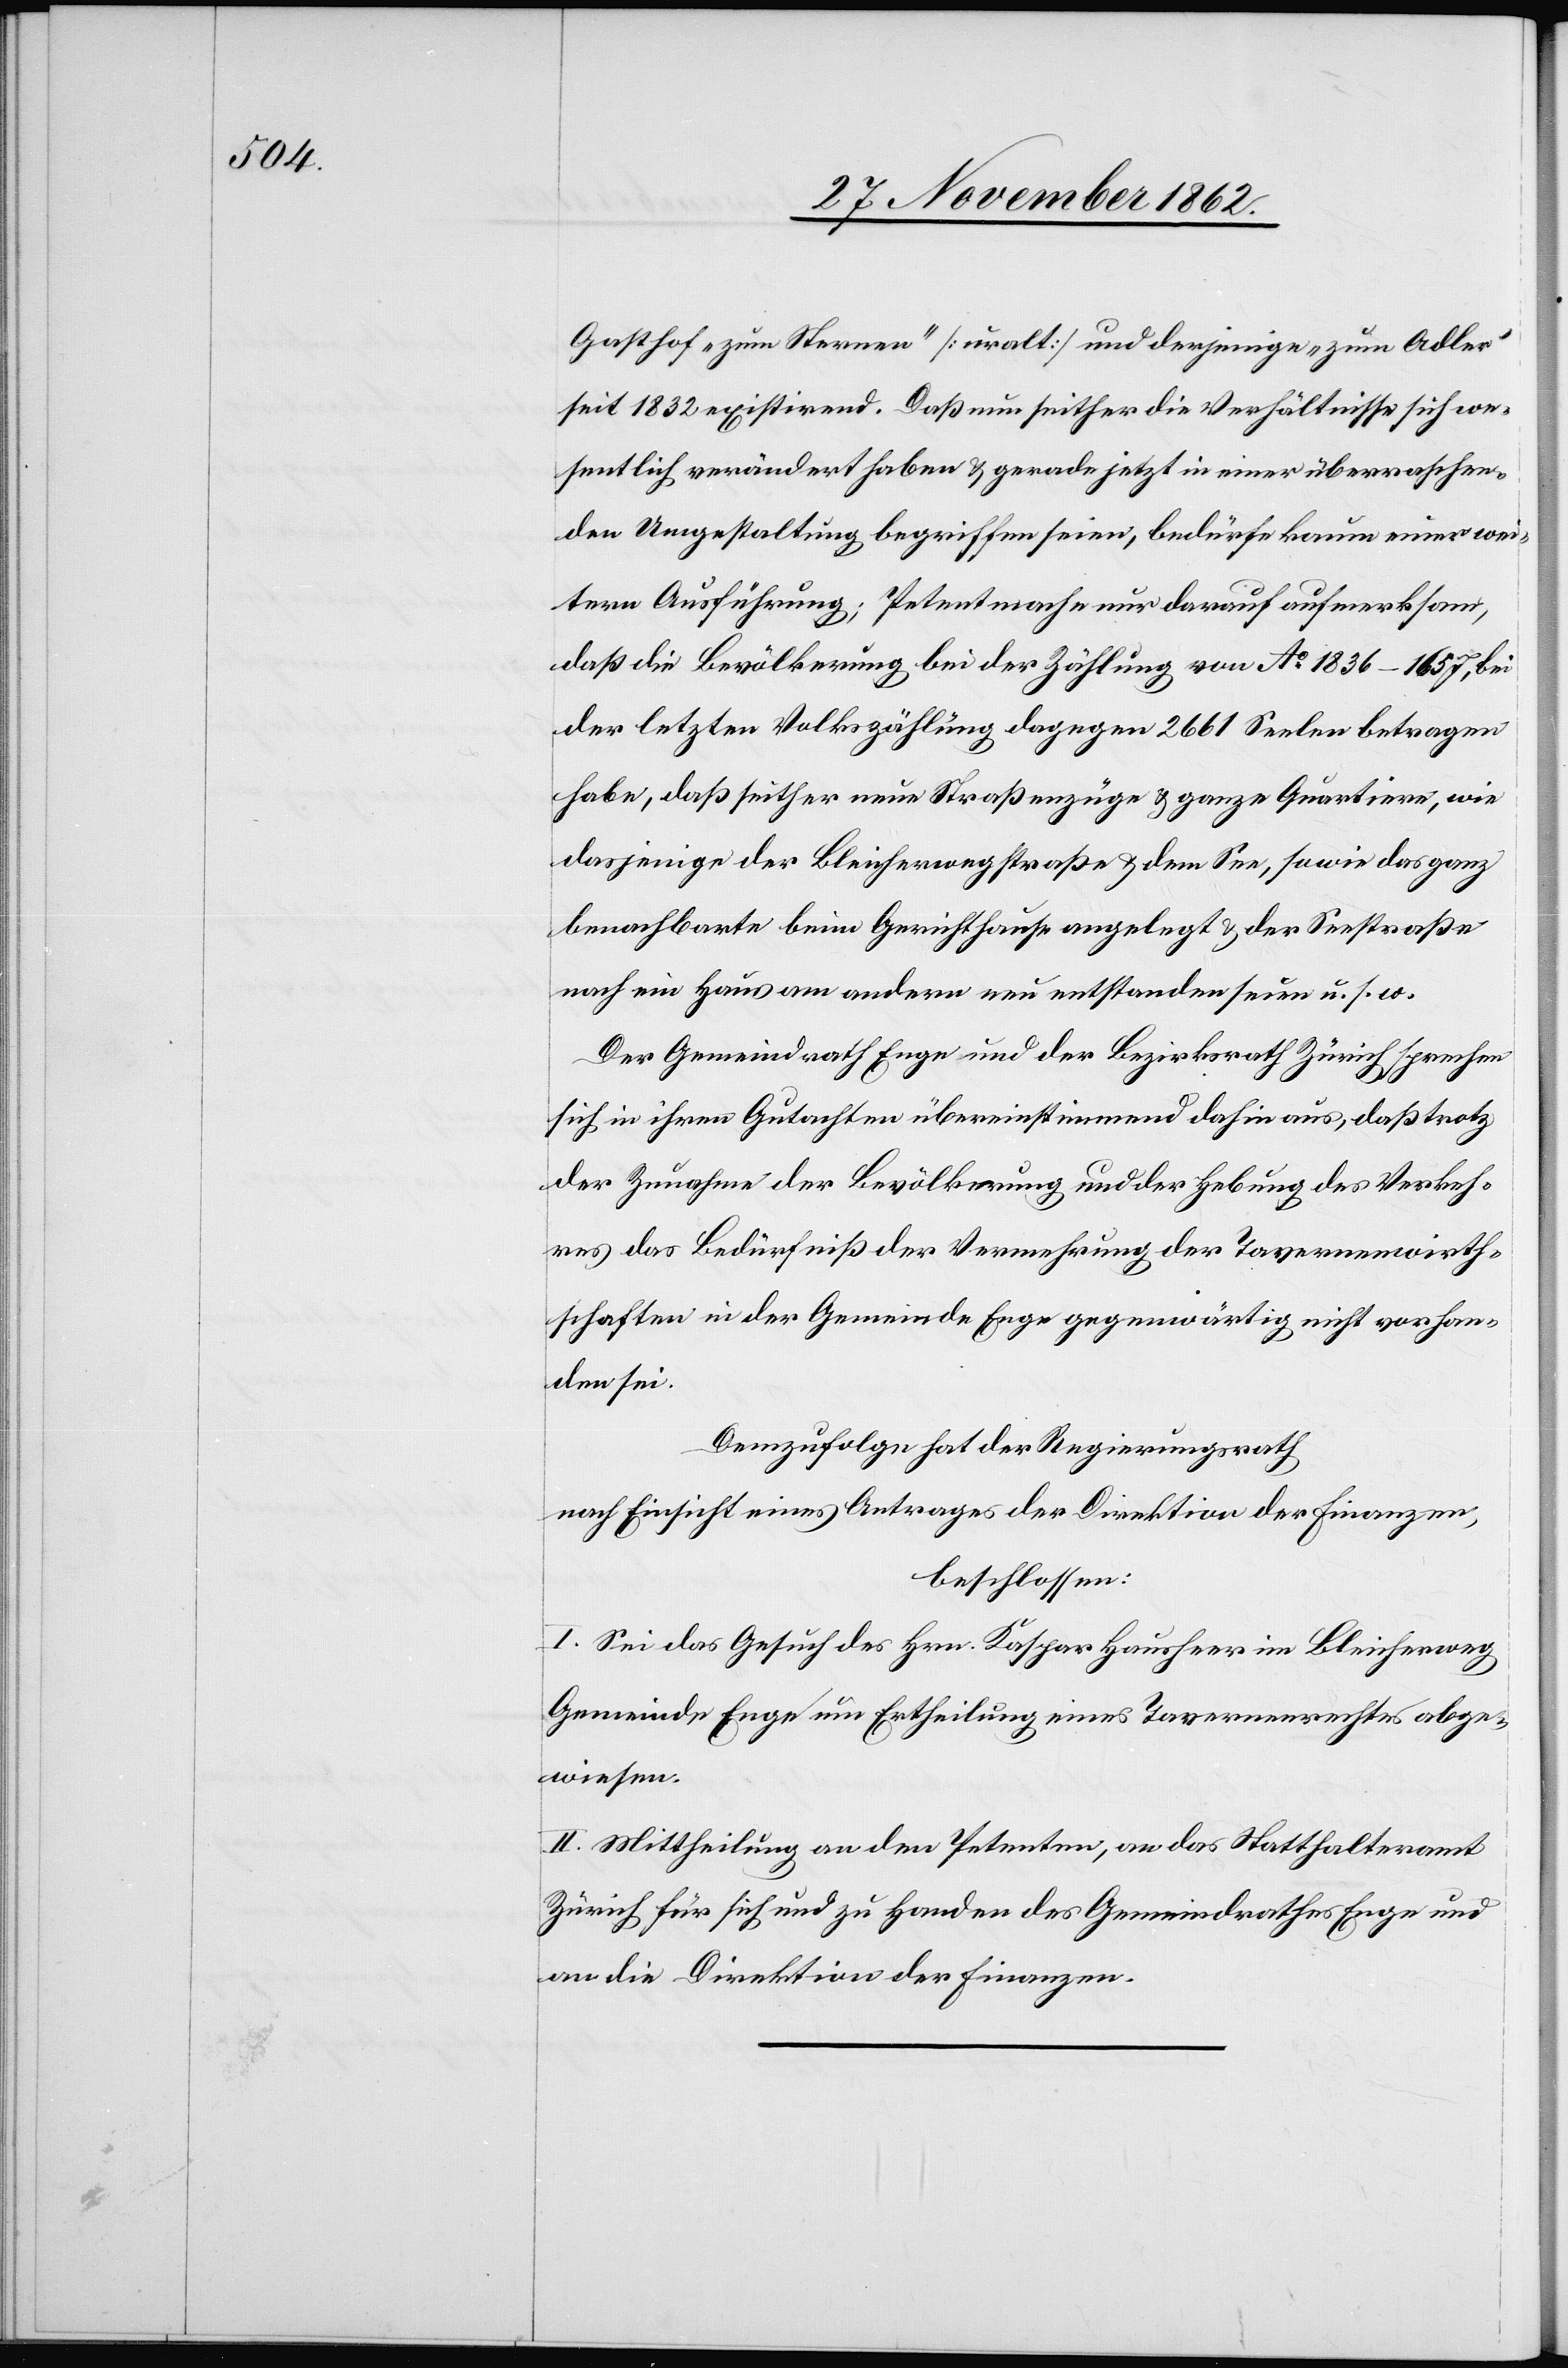
Gasthof „zum Sternen“ [uralt] und derjenige „zum Adler“
seit 1832 existirend. Daß nun seither die Verhältnisse sich we¬
sentlich verändert haben u. gerade jetzt in einer überraschen¬
den Umgestaltung begriffen seien, bedürfe kaum einer wei¬
tern Ausführung; Petent mache nur darauf aufmerksam,
daß die Bevölkerung bei der Zählung von Ao 1836 – 1857, bei
der letzten Volkszählung dagegen 2661 Seelen betragen
habe, daß seither neue Straßenzüge u. ganze Quartiere, wie
dasjenige der Bleicherwegstraße u. dem See, so wie das ganz
benachbarte beim Gerichtshause angelegt u. der Seestraße
noch ein Haus am andern neu entstanden seien u. s. w.
Der Gemeindrath Enge und der Bezirksrath Zürich sprechen
sich in ihren Gutachten übereinstimmend dahin aus, daß trotz
der Zunahme der Bevölkerung und der Hebung des Verkeh¬
res das Bedürfniß der Vermehrung der Tavernenwirth¬
schaften in der Gemeinde Enge gegenwärtig nicht vorhan¬
den sei.
Demzufolge hat der Regierungsrath
nach Einsicht eines Antrages der Direktion der Finanzen,
beschlossen:
I. Sei das Gesuch des Hrn. Kaspar [sic!] Hausheer im Bleicherweg
Gemeinde Enge um Ertheilung eines Tavernenrechtes abge¬
wiesen.
II. Mittheilung an den Petenten, an das Statthalteramt
Zürich für sich und zu Handen des Gemeindrathes Enge und
an die Direktion der Finanzen.